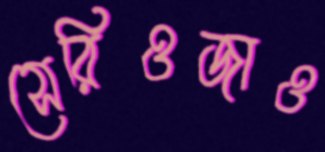
সেরিওজাও